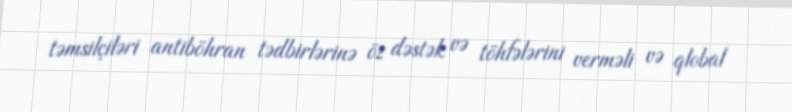
təmsilçiləri antiböhran tədbirlərinə öz dəstək və töhfələrini verməli və qlobal